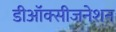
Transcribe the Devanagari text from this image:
डीऑक्सीजनेशन